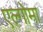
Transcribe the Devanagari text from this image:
एल्गोमा